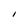
Character: I